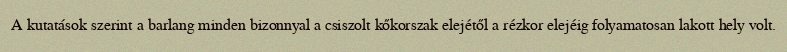
A kutatások szerint a barlang minden bizonnyal a csiszolt kőkorszak elejétől a rézkor elejéig folyamatosan lakott hely volt.